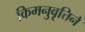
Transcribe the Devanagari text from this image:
किमनुवृत्तिर्न